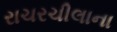
રાચરચીલાના